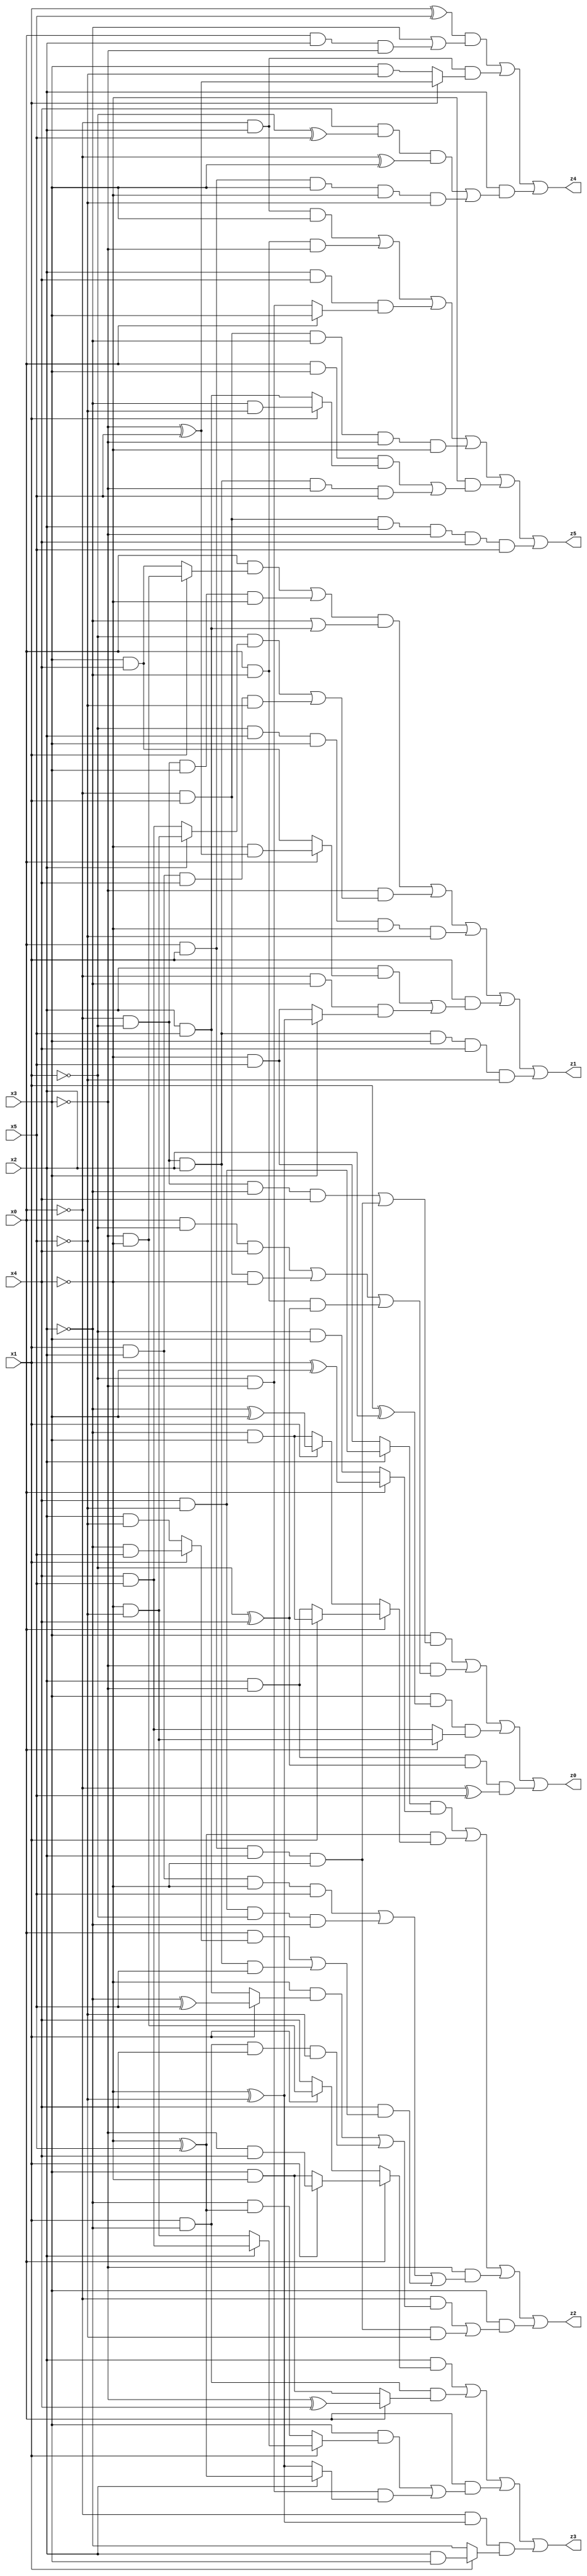
// Benchmark "X_4" written by ABC on Wed Jun 07 23:35:18 2023

module X_4 ( 
    x0, x1, x2, x3, x4, x5,
    z0, z1, z2, z3, z4, z5  );
  input  x0, x1, x2, x3, x4, x5;
  output z0, z1, z2, z3, z4, z5;
  assign z0 = (x3 & ((~x0 & ~x1 & ~x2 & x4) | (x0 & x1 & x2 & ~x4))) | (~x3 & ((x0 & ~x1 & x4) | (~x0 & x1 & ~x4) | (x0 & ~x2 & (~x1 ^ x4)))) | (x3 & (x1 ^ x2) & (x0 ? (~x4 & ~x5) : (x4 & x5))) | (x2 & ~x3 & (~x1 ^ x4) & (~x0 ^ x5));
  assign z1 = (((x0 & (x1 ? (~x3 & ~x4) : (x3 & x4))) | (~x0 & ~x1 & x3 & ~x4)) & (~x2 | (x2 & x5))) | (~x3 & ((~x1 & (x2 ? (~x4 & ~x5) : (x4 & x5))) | (x1 & x2 & x4 & ~x5))) | (~x1 & x2 & x3 & ~x4 & ~x5) | (x1 & ((x2 & (x0 ? (~x4 & (~x3 ^ x5)) : (x3 & x4))) | (~x0 & ~x2 & (x3 ? (~x4 ^ ~x5) : (~x4 & x5))))) | (~x0 & ~x1 & x2 & x3 & x4 & ~x5);
  assign z2 = ((x2 ? (x4 & ~x5) : (~x4 & x5)) & (x0 ? (x1 ^ x3) : (~x1 & x3))) | ((~x4 ^ x5) & (x0 ? (x1 ? (~x2 & x3) : (x2 & ~x3)) : (x1 ? (~x2 ^ x3) : (~x2 & x3)))) | (~x3 & ((x1 & x2 & ~x4 & x5) | (x4 & ~x5 & ~x1 & ~x2) | (x4 & ((x0 & (x1 ? (~x2 & x5) : (x2 & ~x5))) | (~x0 & ~x1 & x2 & x5))))) | (x3 & ((~x0 & ((~x4 & (x1 ? (~x2 ^ x5) : (x2 & x5))) | (x1 & ~x2 & x4 & ~x5))) | (x0 & x1 & x2 & ~x4 & ~x5)));
  assign z3 = (x2 & (x0 ? (x1 ? (~x3 & x4) : (x3 & ~x4)) : (x1 ? (~x3 & ~x4) : x4))) | (x1 & ~x2 & (x0 ? (~x3 ^ x4) : (x3 & ~x4))) | (x0 & ((x3 & (x1 ? (x2 ? (x4 & x5) : (~x4 & ~x5)) : (~x2 & (~x4 ^ x5)))) | (~x1 & ~x3 & (x2 ? (~x4 ^ x5) : (~x4 ^ ~x5))))) | (~x0 & (~x4 ^ ~x5) & (x1 ? (x2 & x3) : ~x2));
  assign z4 = ((x1 ^ x5) & (~x2 | (x0 & x2 & ~x3))) | (~x0 & x2 & (x1 ? (~x3 ^ x5) : (x3 & ~x5))) | (x2 & ((x4 & (~x1 ^ x5) & (~x0 ^ x3)) | (x0 & x1 & x3 & ~x4 & ~x5)));
  assign z5 = (~x0 & x2 & x3) | (x0 & ~x2 & ~x3) | (x2 & x4 & (x0 ? x3 : (~x1 & ~x3))) | (~x0 & x1 & ~x2 & ~x3 & ~x4) | (~x4 & ((x0 & x3 & (x1 ? (~x2 & ~x5) : (x2 & x5))) | (~x0 & ~x1 & x2 & ~x3 & x5))) | (~x0 & x1 & x2 & ~x3 & x4 & x5);
endmodule